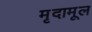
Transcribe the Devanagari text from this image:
मृदामूल